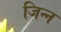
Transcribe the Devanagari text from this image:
जिन्‍न